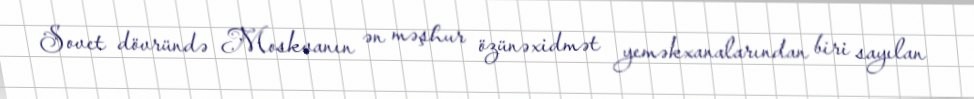
Sovet dövründə Moskvanın ən məşhur özünəxidmət yeməkxanalarından biri sayılan